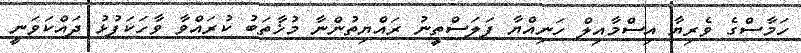
ހަމާސްގެ ވެރިޔާ އިސްމާއިލް ހަނިއްޔާ ފަލަސްތީނު ރައްޔިތުންނާ މުޚާތަބު ކުރައްވާ ވާހަކަފުޅު ދައްކަވަނީ